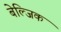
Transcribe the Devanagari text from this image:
बेल्जिक